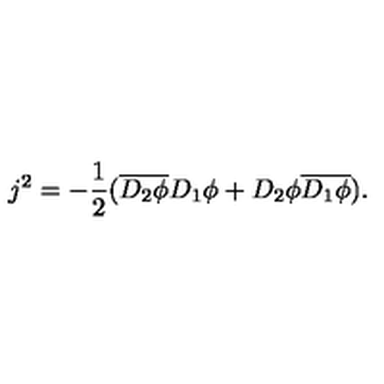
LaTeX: j ^ { 2 } = - \frac { 1 } { 2 } ( \overline { { D _ { 2 } \phi } } D _ { 1 } \phi + D _ { 2 } \phi \overline { { D _ { 1 } \phi } } ) .